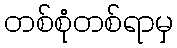
တစ်စုံတစ်ရာမှ